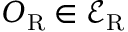
O _ { \mathrm { R } } \in \mathcal { E } _ { \mathrm { R } }